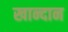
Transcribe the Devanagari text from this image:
खान्दान